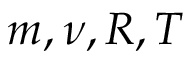
m , \nu , R , T